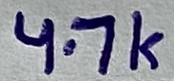
Text: 4.7K